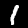
Digit: 1